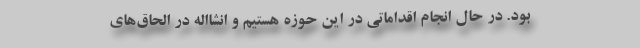
بود. در حال انجام اقداماتی در این حوزه هستیم و انشااله در الحاق‌های